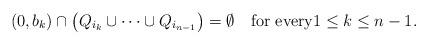
LaTeX: \begin{align*}(0,b_{k})\cap \big(Q_{i_{k}}\cup\cdots\cup Q_{i_{n-1}}\big)=\emptyset\quad\textrm{for every}1\le k\le n-1.\end{align*}